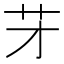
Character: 𦬁